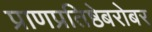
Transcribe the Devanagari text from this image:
प्राणप्रतिष्ठेबरोबर